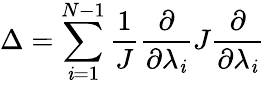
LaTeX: \Delta=\sum_{\mathit{i}=1}^{N-1}\frac{{1}}{{J}}\frac{{\partial}}{{\partial\lambda_{\mathit{i}}}}J\frac{{\partial}}{{\partial\lambda_{\mathit{i}}}}